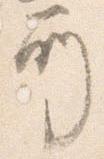
所